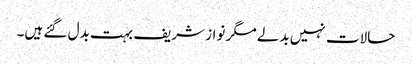
حالات نہیں بدلے مگر نواز شریف بہت بدل گئے ہیں۔